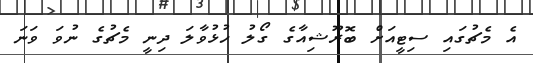
އެ މެޗުގައި ސިޓީއަށް ބޮރޫޝިއާގެ ގޯލު ހުޅުވާލަ ދިނީ މެޗުގެ ނުވަ ވަނަ